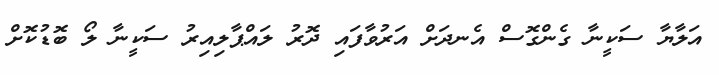
އަލާޔާ ސަކީނާ ގެންގޮސް އެނދަށް އަރުވާފައި ދޮރު ލައްޕާލިއިރު ސަކީނާ ލޯ ބޮޑުކޮށް